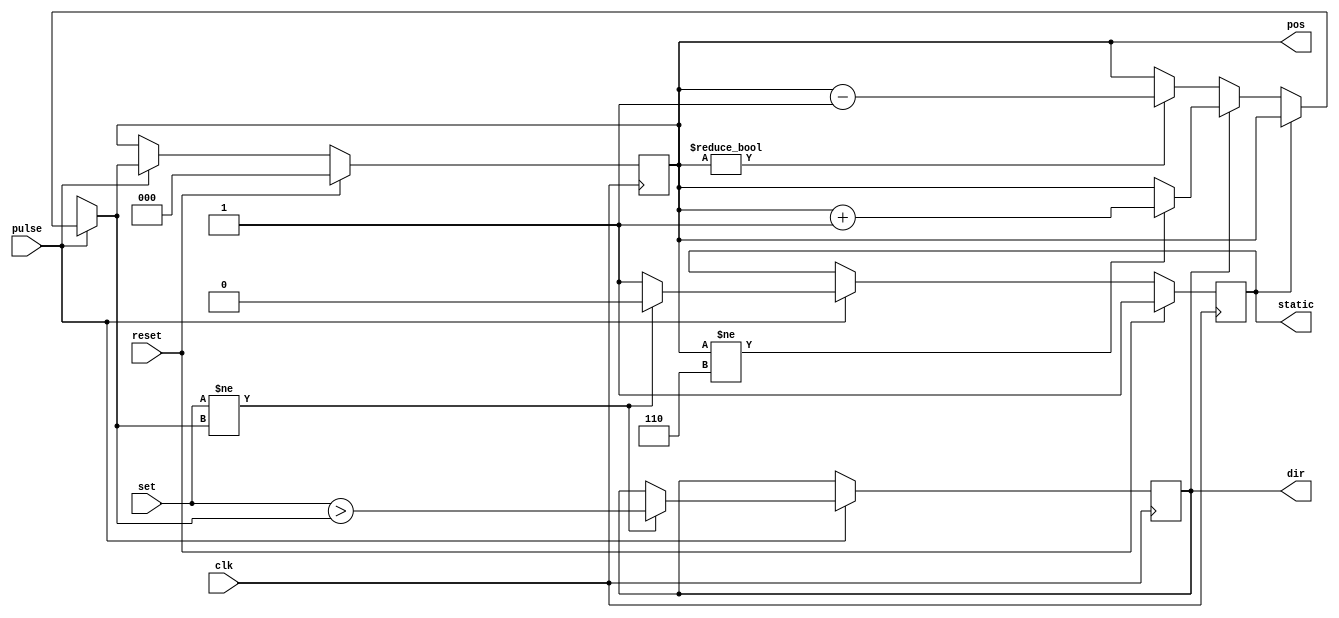
module move_elevator(
    input clk,
    input reset,
    input pulse,
    input [2:0] set,
    output reg [2:0] pos,
    output reg static,
    output reg dir
    );
    
    parameter pos_init = 0;
    
    initial
    begin
    pos = pos_init;
    static = 1;
    end
    
    always @ (posedge clk)
    begin
        if (pulse)
        begin
            if (!static)
            begin
                if (dir)
                begin
                    if (pos != 6)
                    begin
                        pos = pos + 1;
                    end
                end
                else
                begin
                    if (pos != 0)
                    begin
                        pos = pos - 1;
                    end
                end
            end
        
            if (set != pos)
            begin
                dir = set > pos;
                static = 0;
            end
            else
            begin
                static = 1;
            end
        end
        
        if (reset)
        begin
            pos = pos_init;
            static = 1;
        end
    end
    
endmodule